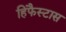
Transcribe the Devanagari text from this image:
हिफैस्टास